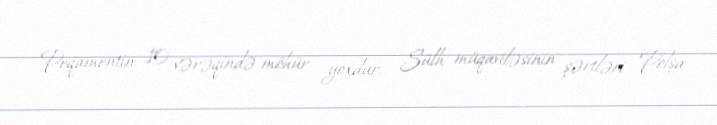
Peqamentin 10 vərəqində möhür yoxdur.. Sülh müqaviləsinin şərtləri Polşa